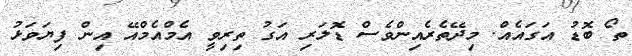
ތޯ ބޮޑު އަގައެއް. މިދޭތެރެއިންވެސް ޑޮލަރި އަގު ތިރިވީ އެމްއެމްއޭ އިން ފިޔަވަޅު